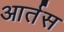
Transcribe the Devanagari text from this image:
आर्तस